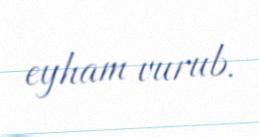
eyham vurub.